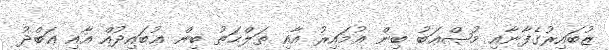
ޒުބައިރުގެފާނާއި މުޞްޢަބު ބިން ޢުމައިރު އާއި ޠަލްޙަތު ބިން ޢުބައިދުއް އާއި ޢަބްދު